Document type: Sale
Year: 1290
Scribe: Miquel Rotllan
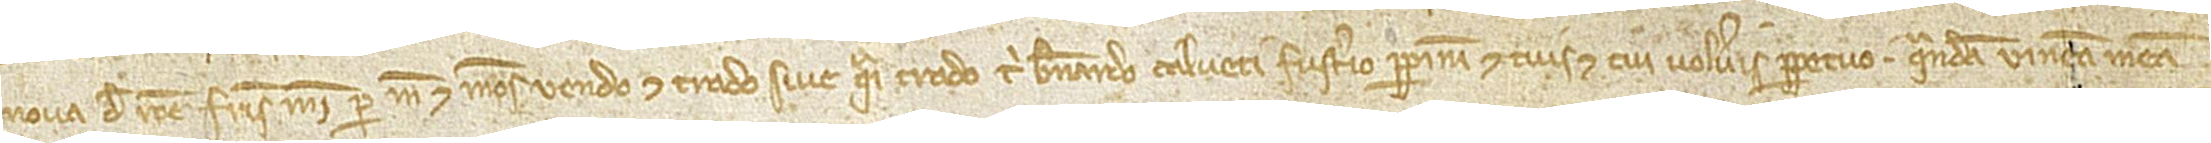
Nova de Raone, fratris mei, per me et omnes meos vendo et trado sive quasi trado tibi Bernardo Calveti, fusterio Perpiniani, et tuis et cui volueritis perpetuo quandam vineam meam